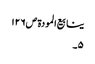
ینابیع المودة ص١٢٦
٥۔